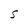
Character: S